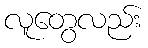
လူတွေလည်း